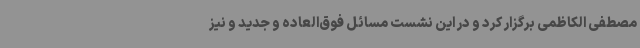
مصطفی الکاظمی برگزار کرد و در این نشست مسائل فوق‌العاده و جدید و نیز